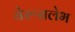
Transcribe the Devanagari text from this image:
येरूसलेभ